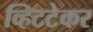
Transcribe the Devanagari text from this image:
व्हिटटेकर